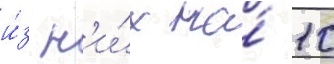
и́з н'и́х на́ 10